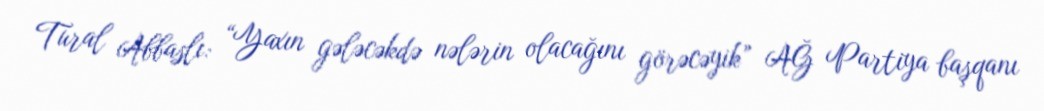
Tural Abbaslı: “Yaxın gələcəkdə nələrin olacağını görəcəyik” AĞ Partiya başqanı